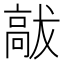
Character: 𮪹